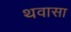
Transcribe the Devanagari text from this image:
थवासा